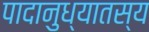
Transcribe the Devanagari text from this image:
पादानुध्यातस्य